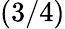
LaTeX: (3/4)